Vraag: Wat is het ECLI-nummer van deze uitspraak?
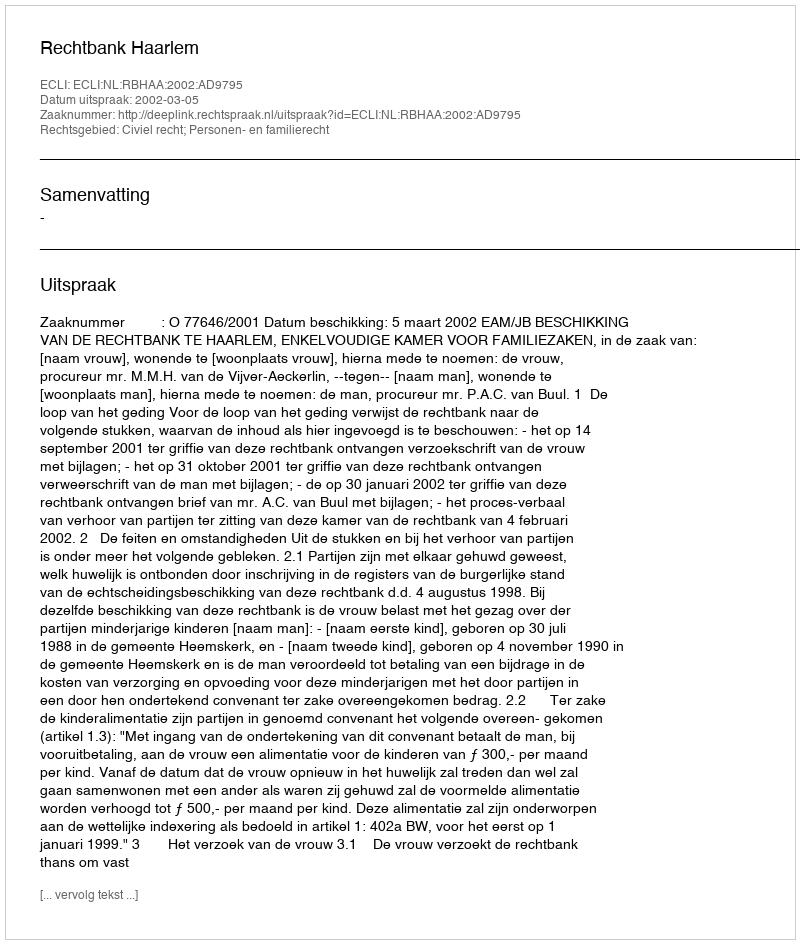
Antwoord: ECLI:NL:RBHAA:2002:AD9795